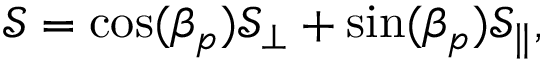
\mathcal { S } = \cos ( \beta _ { p } ) \mathcal { S } _ { \perp } + \sin ( \beta _ { p } ) \mathcal { S } _ { \parallel } ,